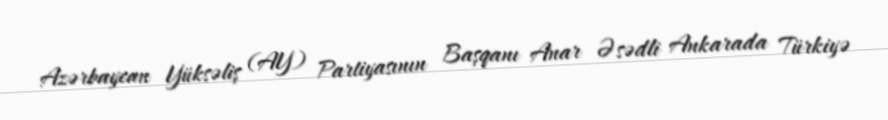
Azərbaycan Yüksəliş (AY) Partiyasının Başqanı Anar Əsədli Ankarada Türkiyə